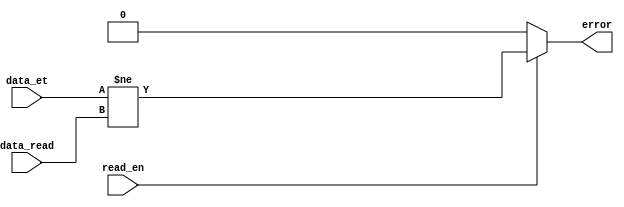
module comparator #(parameter DATA_SIZE=8) (data_et, data_read, read_en, error);

input read_en;
input [DATA_SIZE-1 : 0] data_et, data_read;
output error;

assign error=read_en ? (data_et != data_read) : 1'b0;
//assign error = read_en ? ((data_et == data_read) ? 1'b1 : 1'b0) : 1'b0;

endmodule